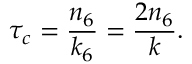
\tau _ { c } = \frac { n _ { 6 } } { k _ { 6 } } = \frac { 2 n _ { 6 } } { k } .